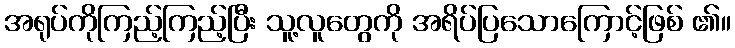
အရုပ်ကိုကြည့်ကြည့်ပြီး သူ့လူတွေကို အရိပ်ပြသောကြောင့်ဖြစ် ၏။